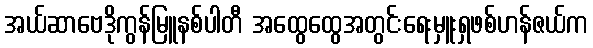
အယ်ဆာဗေဒိုကွန်မြူနစ်ပါတီ အထွေထွေအတွင်းရေးမှူးရှဖစ်ဟန်ဇယ်က